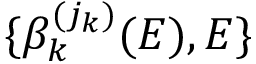
\{ \beta _ { k } ^ { ( j _ { k } ) } ( E ) , E \}